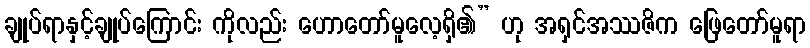
ချုပ်ရာနှင့်ချုပ်ကြောင်း ကိုလည်း ဟောတော်မူလေ့ရှိ၏” ဟု အရှင်အဿဇိက ဖြေတော်မူရာ